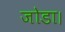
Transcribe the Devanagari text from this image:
जोडा।